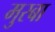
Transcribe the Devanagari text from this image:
मुरबा